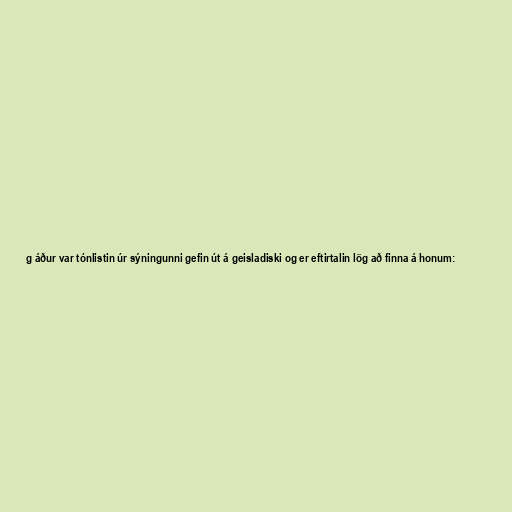
g áður var tónlistin úr sýningunni gefin út á geisladiski og er eftirtalin lög að finna á honum: